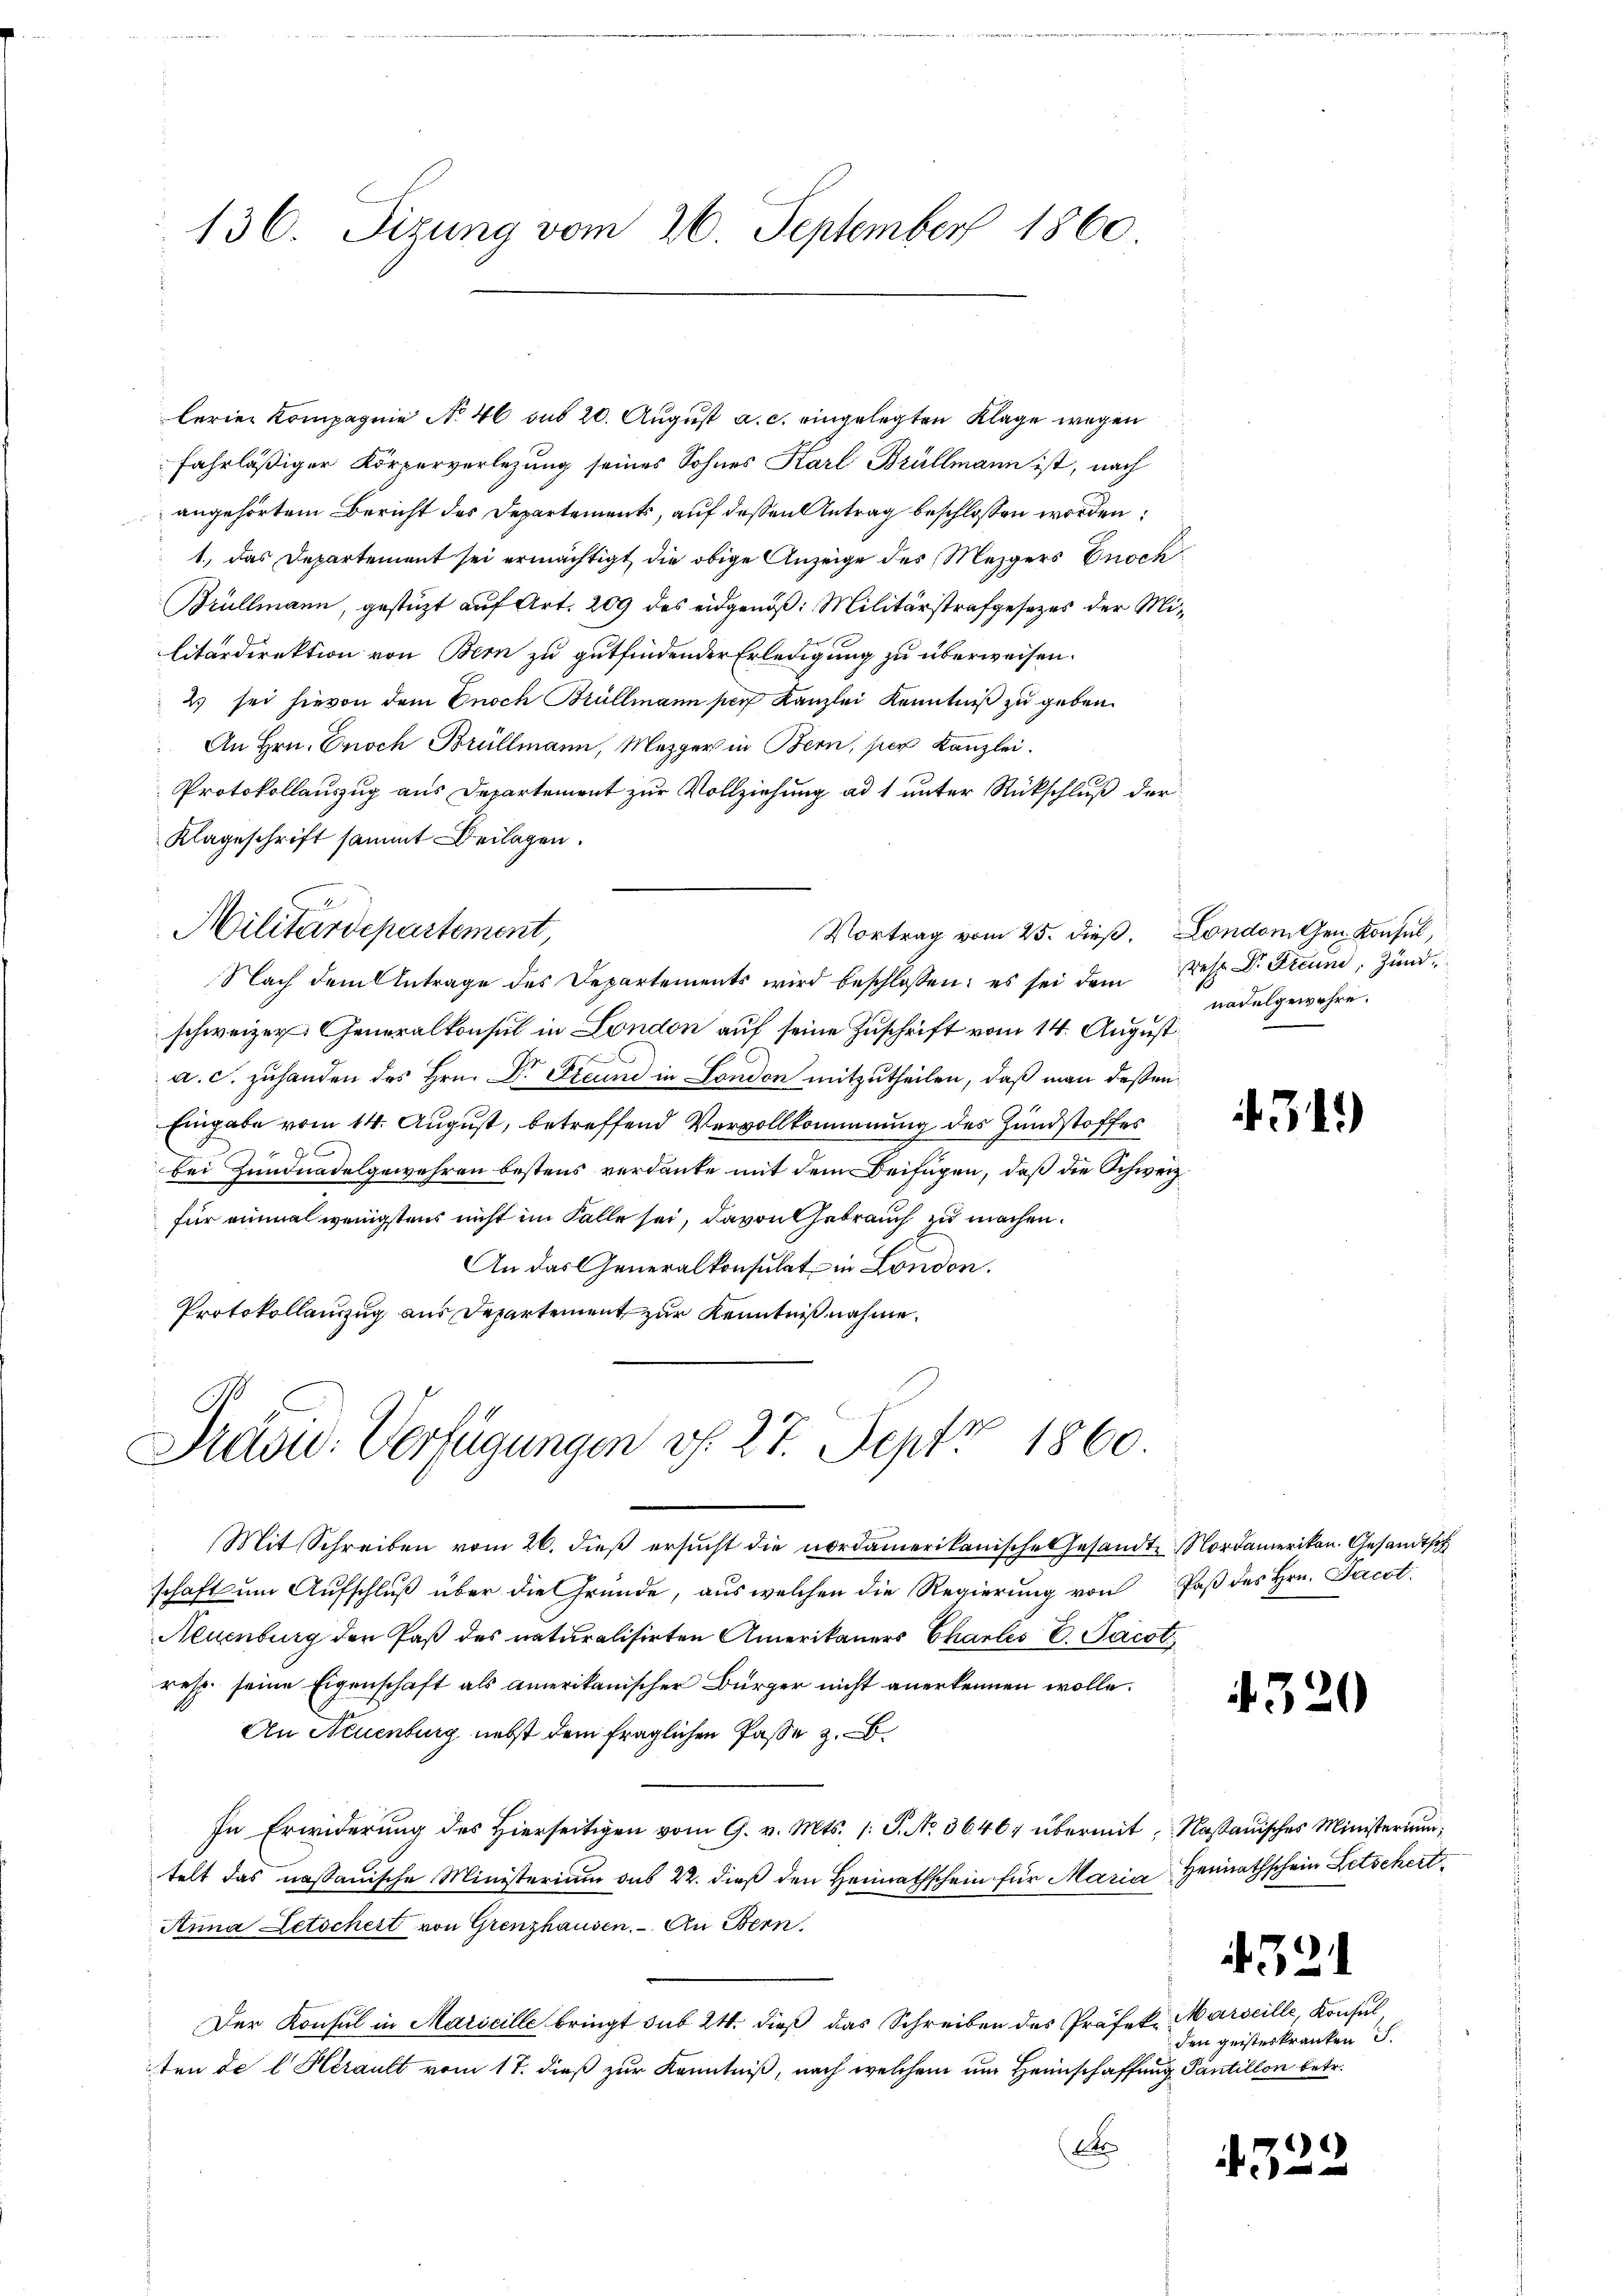
lerien Kompagnie No. 46 sub 20. August a. c. eingelegten Klage wegen
fahrläßiger Körperverlegung seines Sohnes Karl Brüllmann ist, nach
angehörtem Bericht des Departements, auf dessen Antrag beschlossen worden:
1., das Departement sei ermächtigt, die obige Anzeige des Mezgers noch
Brüllmann, gestüzt auf Art. 209 des eidgenöß: Militärstrafgesezes der Militärdirektion von Bern zu gutfindender Erledigung zu überweisen.
2) sei hievon dem Enoch Brüllmann per Kanzlei Kenntniß zu geben.
An Hrn. Enoch Brüllmann, Mezger in Bern, per Kanzlei.
Protokollauszug aus Departement zur Vollziehung ad 1 unter Rückschluß der
Klageschrift sammt Beilagen.
.
Militärdepartement,
Vortrag vom 25. dieß. London Gen. Konsul,
Nach dem Antrage des Departements wird beschlossen: es sei dem resp. Dr. Freund, und
schweizer Generalkonsul in London auf seine Zuschrift vom 14. August
a. c. zuhanden des Hrn. Dr. Steune in London mitzutheilen, daß man dessen
Eingabe vom 14. August, betreffend Vervollkommung des Hundstoffes
9
bei Zundnadelgewehren bestens verdante mit dem Beifügen, daß die Schweiz.
für einmal wenigstens nicht im Falle sei, davon Gebrauch zu machen.
An das Generalkonsulat in London.
Protokollauszug aus Departement zur Kenntniß nahme.

136. Sizung vom 26. September 1860.

Präsid. Verfügungen d. 27. Sept 1860.

Mit Schreiben vom 26. dieß ersucht die nordamerikanische Gesandte Nordamerikan. Gesandtsch
schaft um Aufschluß über die Gründe, aus welchen die Regierung von Paß des Hrn. Jacot
Neuenburg der Paß des naturalisirten Amerikaners Charles E. Jacot
resp. seine Eigenschaft als amerikanischer Bürger nicht anerkennen wolle.
An Neuenburg nebst dem fraglichen Pässe z. B.
In Erwiderung des Hierseitigen vom 9. v. Mts. 1. P. No. 36467 übermit, Nassauisches Ministerium,
telt das nassauische Ministerium das 22. dieß den Heimathschein für Maria Heimathschein Letschert
Anna Letschert von Grenzhausen. - An Bern,
Der Konsul in Maricille bringt sub 24. dieß das Schreiben des Präfek. Marseille, Konsul
ten de l. Herault vom 17. dieß zur Kenntniß, nach welchem um Heimschaffung Pantillon betr.
Dr

nadelgewehre.

.34)

4320

den geisteskranken S.

432

3

)
e